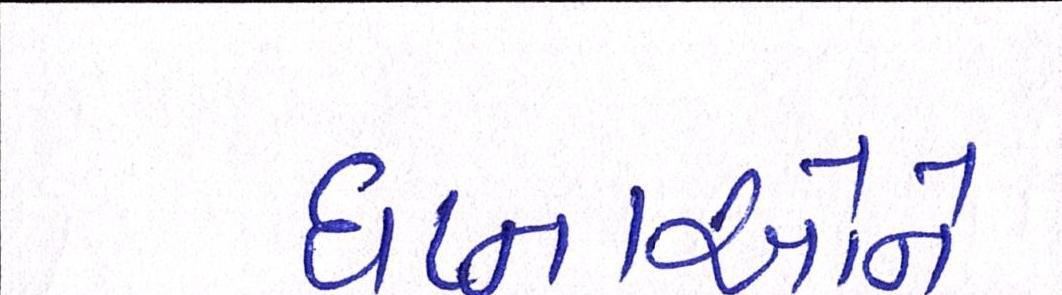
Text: ઘટનાઓને